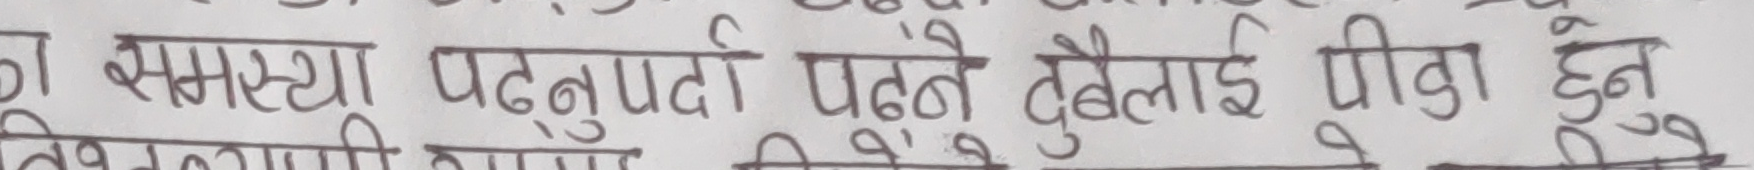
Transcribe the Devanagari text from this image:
का समस्या पढ्नुपर्दा पढ्ने दुवैलाई पीडा हुने